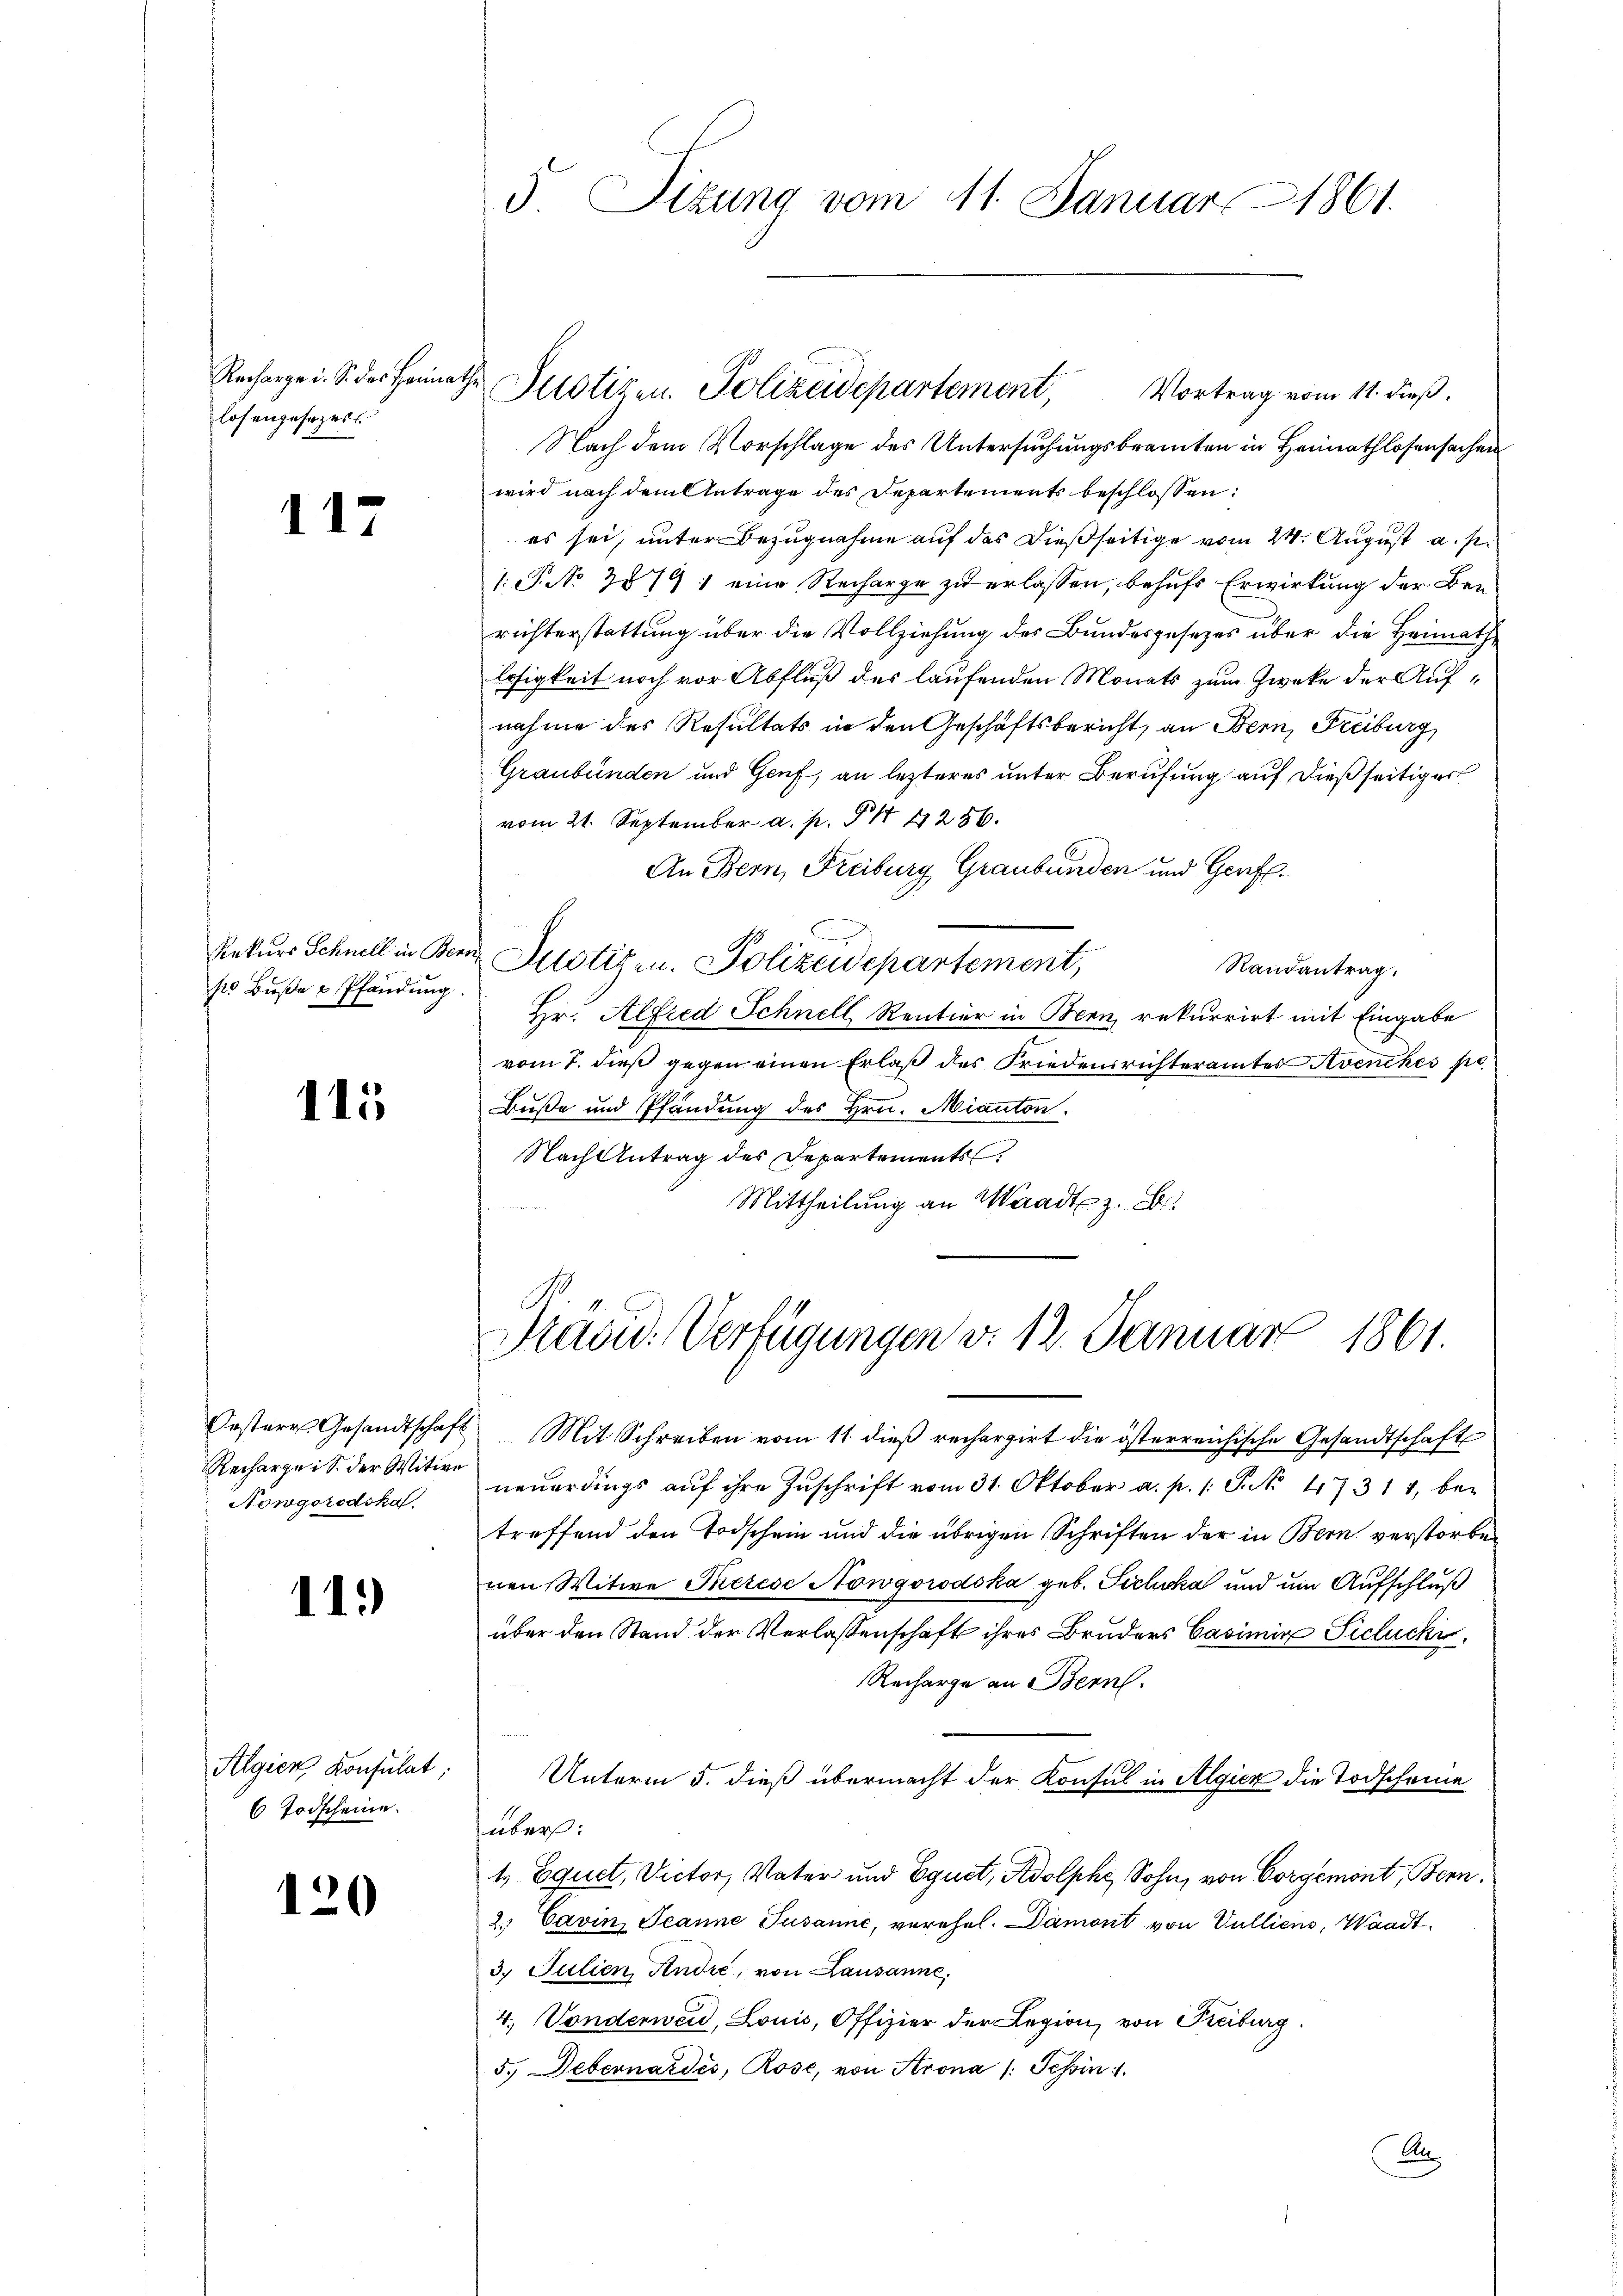
Recharge u. S. des Heimath
losengesezers

117

Rekurs Schnell in Bern
so Buße & Pfändung

Recharge i S. der Witwe
Nowgorodska

115

11.

Algien, Konsulat:
6 Todscheine.

120

5 Sizung vom 11. Januar 1861.

Vortrag vom 11. dieß.
Nach dem Vorschlage des Untersuchungsbeamten in Heimathlosensachen
wird nach dem Antrage des Departements beschlossen:
es sei, unter Bezugnahme auf das dießseitige vom 24. August a. p.
1: P. No 2079 : eine Recharge zu erlassen, behufs Erwirkung der Berichterstattung über die Vollziehung des Bundesgesezes über die Heimathe
losigkeit noch vor Abfluß des laufenden Monats zum Zweke der Aufnahme des Resultats in den Geschäftsbericht, an Bern, Freiburg,
Graubünden und Genf, an lezteres unter Berufung auf dießseitiger
vom 21. September a. p. § 4256.
An Bern, Freiburg Graubünden und Genf.
 Dustizen. Polizeidepartement,
Randantrag.
Hr. Alfred Schnell Rentier in Bern rekurrirt mit Eingabe
vom 7. dieß gegen einen Erlaß des Friedensrichteramtes Avenches po
Buße und Pfändung des Hrn. Mianton.
Nach Antrag des Departements
Mittheilung an Waadt z. B.

Justizen. Polizeidepartement,

Prävid. Verfügungen v. 12. Januar 1861.

Oesterr Gesandtschaft Mit Schreiben vom 11. dieβ rechargirt die österreichische Gesandtschaft
neuerdings auf ihre Zuschrift vom 31. Oktober a. p. /: P. No 47314, betreffend den Todschein und die übrigen Schriften der in Bern verstorben
nen Witwe Therese Nowgorodska geb. Sicluka und um Aufschluß
über den Stand der Verlassenschaft ihres Bruders Casimir Siclucki
Recharge an Bern.
Unterm 5. dieß übermacht der Konsul in Algier die Todscheine
über:
1., Equet, Victor, Vater und Equet, Adolphe, Sohn, von Corgemont, Bern.
2. Cavin, Jeanne Susanne, verehel. Damont von Vulliens, Waadt.
3. Julien, Andre, von Lausanne,
4. Vonderweid, Louis, Offizier der Legion, von Freiburg.
5. Debernardés, Rose, von Krona /: Schin 1.

A